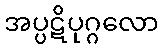
အပ္ပဋိပုဂ္ဂလော